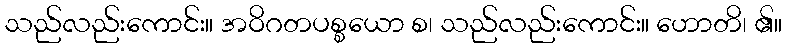
သည်လည်းကောင်း။ အဝိဂတပစ္စယော စ၊ သည်လည်းကောင်း။ ဟောတိ၊ ၏။